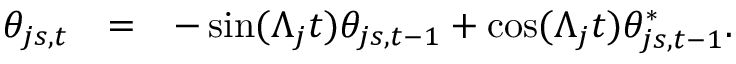
\begin{array} { r c l } { \theta _ { j s , t } } & { = } & { - \sin ( \Lambda _ { j } t ) \theta _ { j s , t - 1 } + \cos ( \Lambda _ { j } t ) \theta _ { j s , t - 1 } ^ { * } . } \end{array}